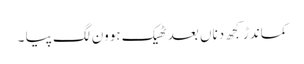
کماندڑ کجھ دناں بعد ٹھیک ہوون لگ پیا ۔